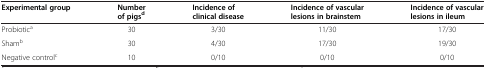
<table><thead><tr><td><b>Experimental group</b></td><td><b>Number of pigs<sup>d</sup></b></td><td><b>Incidence of clinical disease</b></td><td><b>Incidence of vascular lesions in brainstem</b></td><td><b>Incidence of vascular lesions in ileum</b></td></tr></thead><tbody><tr><td>Probiotic<sup>a</sup></td><td>30</td><td>3/30</td><td>11/30</td><td>17/30</td></tr><tr><td>Sham<sup>b</sup></td><td>30</td><td>4/30</td><td>17/30</td><td>19/30</td></tr><tr><td>Negative control<sup>c</sup></td><td>10</td><td>0/10</td><td>0/10</td><td>0/10</td></tr></tbody></table>